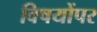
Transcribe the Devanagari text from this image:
विषयोंपर